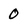
Character: 0